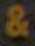
&